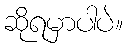
ဆိုရမှာပါပဲ။